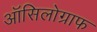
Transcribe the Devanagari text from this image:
ऑसिलोग्राफ